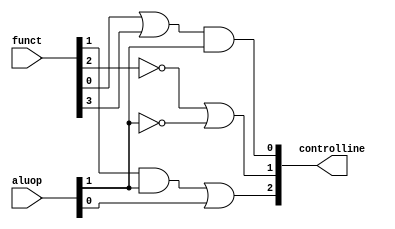
`timescale 1ps/1ps
module littlecontrol(input [1:0] aluop,
                     input [5:0] funct,
                     output reg  [2:0] controlline
                     );
    always @ (*)
      begin
          
          controlline[2] = (funct[1] & aluop[1]) | aluop[0];
          controlline[1] = ~funct[2]| ~aluop[1];
          controlline[0] = (funct[0] | funct[3]) & aluop[1];
      end
    
endmodule // littlecontrol